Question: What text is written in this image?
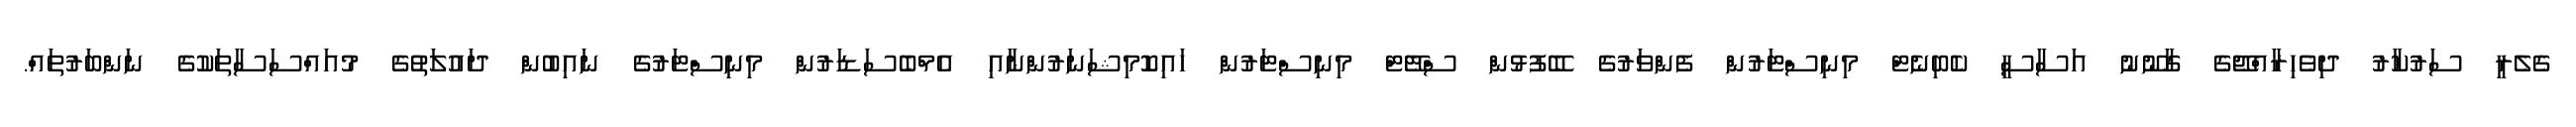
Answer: ގެލެރީ ސަރުކާރު ދިވެހިރާއްޖޭގެ ގާނޫނު އަސާސީ ކެބިނެޓް މިނިސްޓަރުން ފެންވަރުގެ ބޭފުޅުން ސްޓޭޓް މިނިސްޓަރުން ހައިކޮމިޝަނަރުންނާއި އެމްބެސަޑަރުން މިނިސްޓަރުގެ ނައިބުން ދައުލަތުގެ މުއައްސަސާތަކުގެ ނަންބަރުތައް.